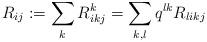
LaTeX: \begin{align*} R_{ij}:=\sum_k R^k_{ikj}=\sum_{k,l}q^{lk}R_{likj} \end{align*}